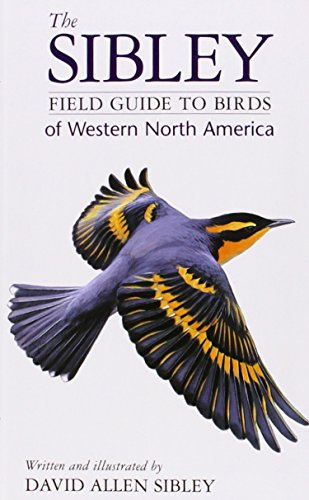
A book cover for The Sibley Field Guide to Birds of Western North America; David Allen Sibley; Science & Math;